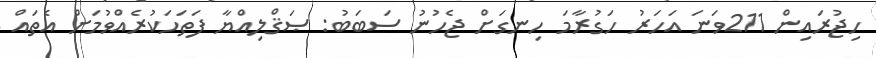
ހިޖުރައިން 211ވަނަ އަހަރު ހަގުރާމަ ހިނގަށް ޖެހުނު ސަބަބު: ޞަޤްލިއްޔާ ފަތަހަކުރެއްވުމަށް އެތައް